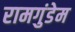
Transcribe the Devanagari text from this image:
रामगुंडेम